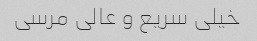
خیلی سریع و عالی مرسی